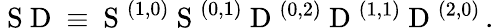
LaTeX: \mathrm{~S~D~}\equiv\mathrm{~S~}^{(1,0)}\mathrm{~S~}^{(0,1)}\mathrm{~D~}^{(0,2)}\mathrm{~D~}^{(1,1)}\mathrm{~D~}^{(2,0)}\, .